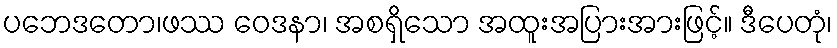
ပဘေဒတော၊ဖဿ ဝေဒနာ၊ အစရှိသော အထူးအပြားအားဖြင့်။ ဒီပေတုံ၊